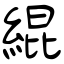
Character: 緄